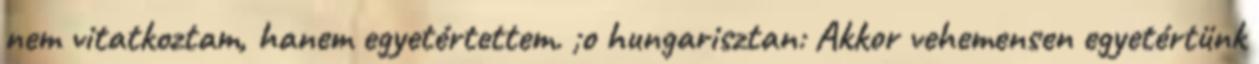
nem vitatkoztam, hanem egyetértettem. ;o hungarisztan: Akkor vehemensen egyetértünk